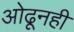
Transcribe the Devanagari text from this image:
ओढूनही